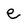
Character: e